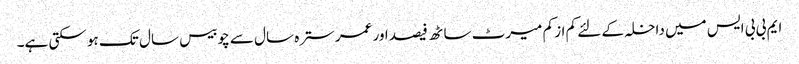
ایم بی بی ایس میں داخلہ کے لئے کم از کم میرٹ ساٹھ فیصد اور عمر سترہ سال سے چوبیس سال تک ہو سکتی ہے۔